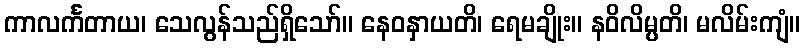
ကာလင်္ကတာယ၊ သေလွန်သည်ရှိသော်။ နေဝနှာယတိ၊ ရေမချိုး။ နဝိလိမ္ပတိ၊ မလိမ်းကျံ။